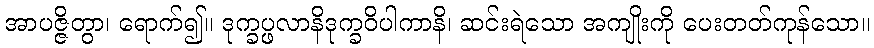
အာပဇ္ဇိတွာ၊ ရောက်၍။ ဒုက္ခပ္ဖလာနိဒုက္ခဝိပါကာနိ၊ ဆင်းရဲသော အကျိုးကို ပေးတတ်ကုန်သော။